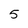
Character: 5